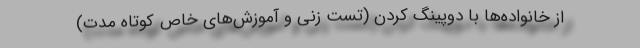
از خانواده‌ها با دوپینگ کردن (تست زنی و آموزش‌های خاص کوتاه مدت)